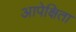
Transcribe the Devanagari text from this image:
आपेक्षिता